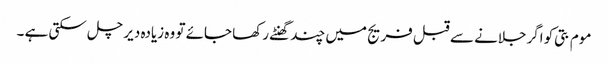
موم بتی کو اگرجلانے سے قبل فریج میں چند گھنٹے رکھا جائے تو وہ زیادہ دیر چل سکتی ہے ۔